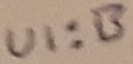
Text: UI:B